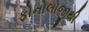
ફોનોલોજીથી